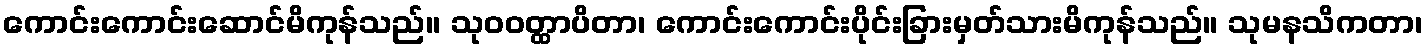
ကောင်းကောင်းဆောင်မိကုန်သည်။ သုဝဝတ္ထာပိတာ၊ ကောင်းကောင်းပိုင်းခြားမှတ်သားမိကုန်သည်။ သုမနသိကတာ၊